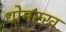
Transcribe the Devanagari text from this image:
धोमरख